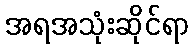
အရအသုံးဆိုင်ရာ